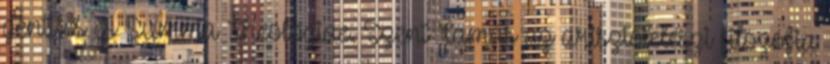
gentiles és Summa Theologiae. Szent Tamás az arisztotelészi filozófia